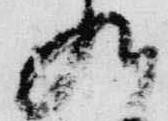
九